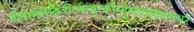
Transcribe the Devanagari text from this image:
पीताम्बरकिरीटकेयूरकौस्तुभवनमालाधरं